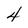
Character: 4